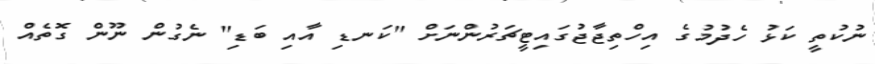
ނުކުތީ ކަޅު ހެދުމުގެ އިހްތިޖާޖުގައިޓީޗަރުންނަށް "ކަނޑި އާއި ބަޑި" ނެގުން ނޫން ގޮތެއް